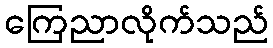
ကြေညာလိုက်သည်